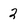
Character: 2